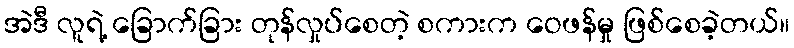
အဲဒီ လူရဲ့ ခြောက်ခြား တုန်လှုပ်စေတဲ့ စကားက ဝေဖန်မှု ဖြစ်စေခဲ့တယ်။